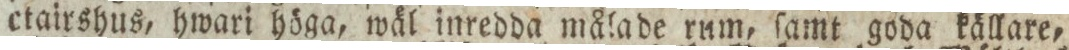
ctairshus, hwari höga, wäl inredda målade rum, ſamt goda källare,